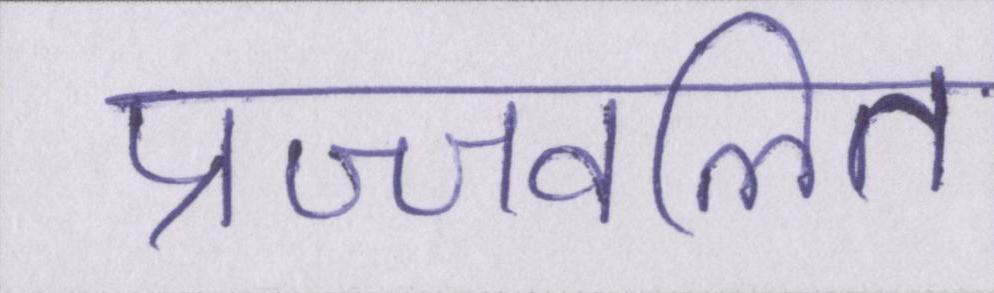
प्रज्ज्वलित